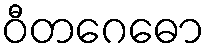
ဝီတဂေဓော